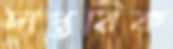
দাপ্তরিক